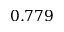
0 . 7 7 9